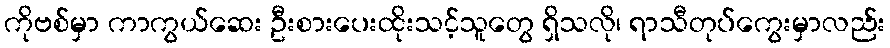
ကိုဗစ်မှာ ကာကွယ်ဆေး ဦးစားပေးထိုးသင့်သူတွေ ရှိသလို၊ ရာသီတုပ်ကွေးမှာလည်း